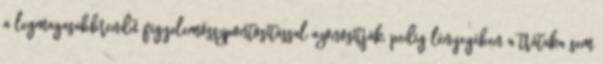
a legmagasabbrendű figyelemösszpontosítással azonosítják, pedig lényegében a trátaka sem